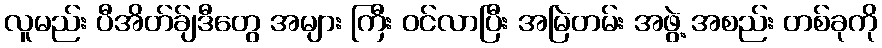
လူမည်း ပီအိတ်ခ်ျဒီတွေ အများ ကြီး ဝင်လာပြီး အမြဲတမ်း အဖွဲ့ အစည်း တစ်ခုကို